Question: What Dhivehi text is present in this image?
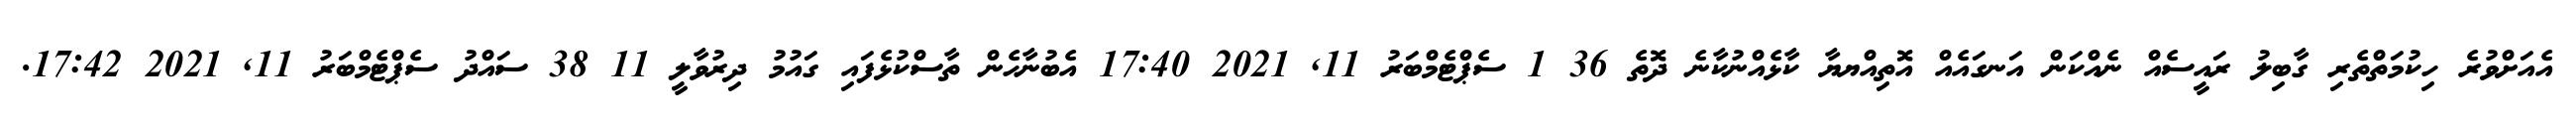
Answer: އެއަށްވުރެ ހިކުމަތްތެރި ގާބިލު ރައީސެއް ނެއްކަން އަނގައެއް އޮތިއްޔޔާ ކާޅެއްނުކާނެ ދޮތެ 36 1 ސެޕްޓެމްބަރު 11, 2021 17:40 އެބުނާހެން ތާސްކުޅެފައި ގައުމު ދިރުވާލީ 11 38 ސައްދު ސެޕްޓެމްބަރު 11, 2021 17:42.